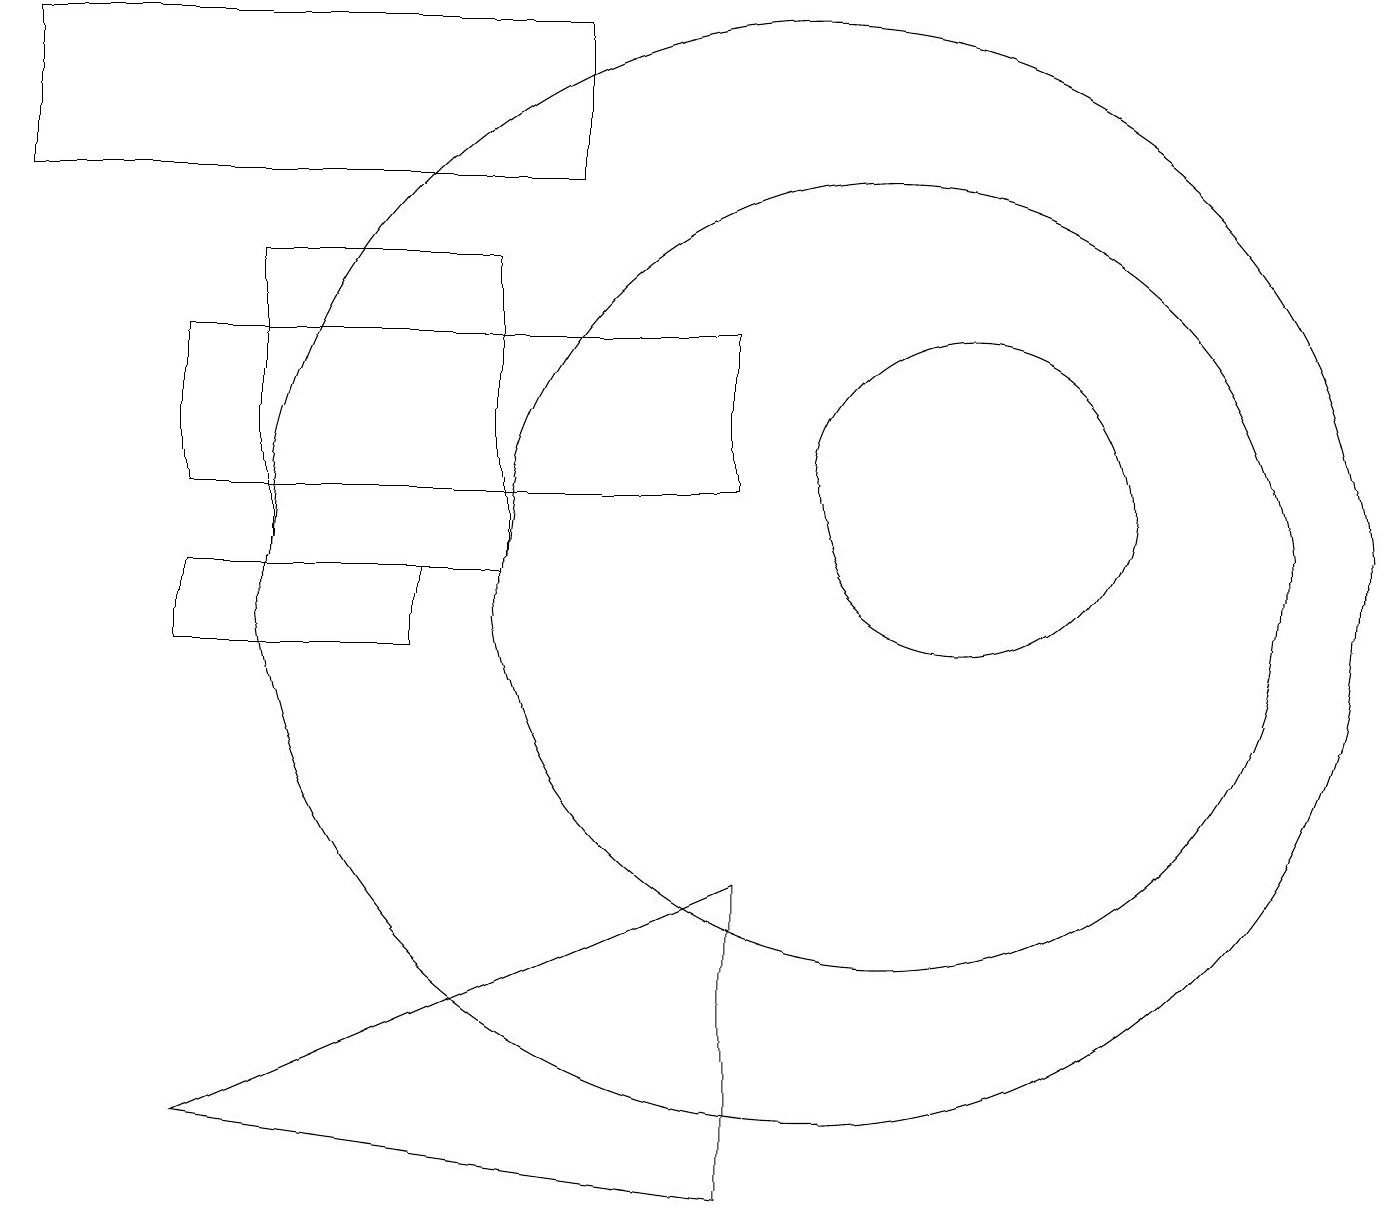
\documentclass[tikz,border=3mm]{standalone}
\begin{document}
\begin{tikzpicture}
\draw (10,11) circle (7);
\draw (12,12) circle (2);
\draw (3,15) rectangle (6,11);
\draw (5,10) rectangle (2,11);
\draw (2,4) -- (9,3) -- (9,7) -- cycle;
\draw (7,18) rectangle (0,16);
\draw (11,11) circle (5);
\draw (2,12) rectangle (9,14);
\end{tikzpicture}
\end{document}